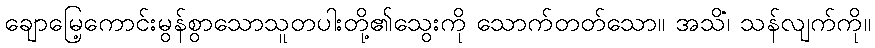
ချောမြေ့ကောင်းမွန်စွာသောသူတပါးတို့၏သွေးကို သောက်တတ်သော။ အသိံ၊ သန်လျက်ကို။